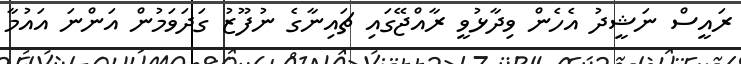
ރައީސް ނަޝީދު އެހެން ވިދާޅުވީ ރާއްޖޭގައި ޗައިނާގެ ނުފޫޒު ގަދަވަމުން އަންނަ އައުމާ